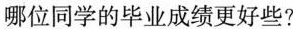
哪位同学的毕业成绩更好些？